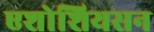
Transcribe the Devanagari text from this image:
एशोशियसन